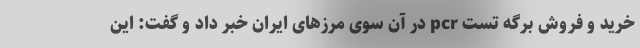
خرید و فروش برگه تست pcr در آن سوی مرزهای ایران خبر داد و گفت: این